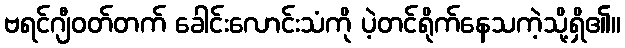
ဗရင်ဂျီဝတ်တက် ခေါင်းလောင်းသံကို ပဲ့တင်ရိုက်နေသကဲ့သို့ရှိ၏။